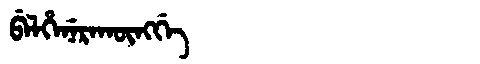
Manchu: ᠪᡝᠯᡥᡝᠨᡝᡵᠠᡴᡡᠩᡤᡝ
Romanization: BELHENERAKŪNGGE